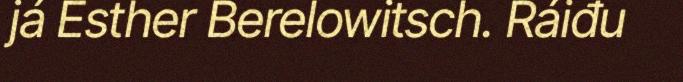
já Esther Berelowitsch. Ráiđu